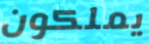
يملكون